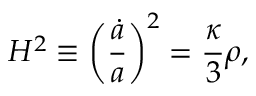
H ^ { 2 } \equiv \biggl ( \frac { \dot { a } } { a } \biggr ) ^ { 2 } = \frac { \kappa } { 3 } \rho ,